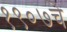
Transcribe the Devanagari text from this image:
१९०७चे